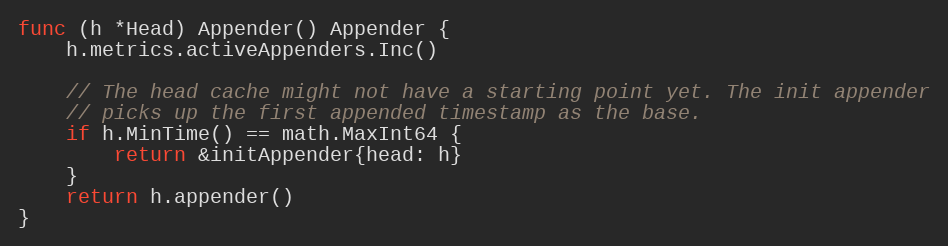
Language: Go
func (h *Head) Appender() Appender {
	h.metrics.activeAppenders.Inc()

	// The head cache might not have a starting point yet. The init appender
	// picks up the first appended timestamp as the base.
	if h.MinTime() == math.MaxInt64 {
		return &initAppender{head: h}
	}
	return h.appender()
}